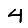
Digit: 4